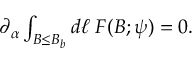
\begin{array} { r } { \partial _ { \alpha } \int _ { B \leq B _ { b } } d \ell \; F ( B ; \psi ) = 0 . } \end{array}